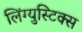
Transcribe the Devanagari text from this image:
लिंग्युस्टिक्स